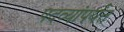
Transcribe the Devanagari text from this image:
पदव्यांपर्यंत